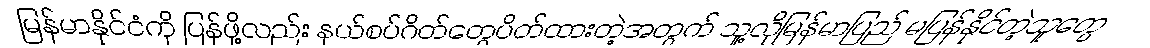
မြန်မာနိုင်ငံကို ပြန်ဖို့လည်း နယ်စပ်ဂိတ်တွေပိတ်ထားတဲ့အတွက် သူ့လိုမြန်မာပြည် မပြန်နိုင်တဲ့သူတွေ